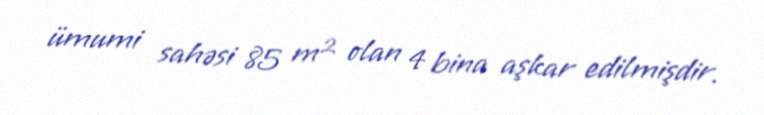
ümumi sahəsi 85 m² olan 4 bina aşkar edilmişdir.